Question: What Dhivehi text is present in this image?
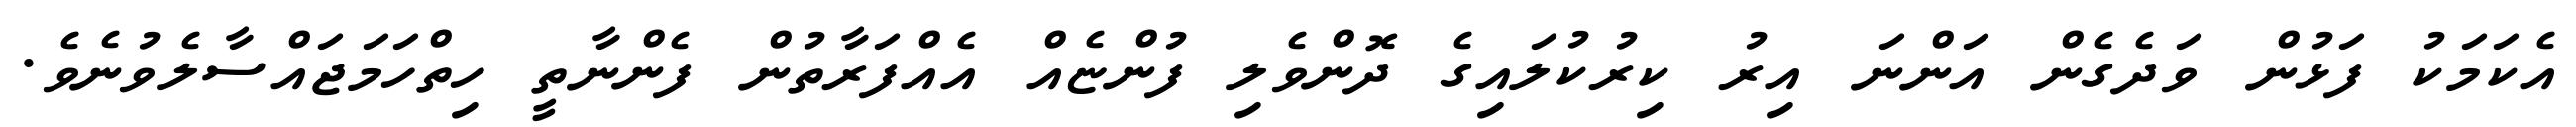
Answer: އެކަމަކު ފަޅުން ވަދެގެން އަންނަ އިރު ކިރުކުލައިގެ ދޮންވެލި ފުންޏެއް އެއްފަރާތުން ފެންނާތީ ހިތްހަމަޖައްސާލެވުނެވެ.